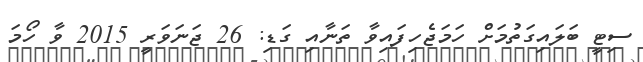
ސިޓީ ބަލައިގަތުމަށް ހަމަޖެހިފައިވާ ތަނާއި ގަޑި: 26 ޖަނަވަރީ 2015 ވާ ހޯމަ